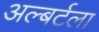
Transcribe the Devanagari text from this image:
अल्बर्टला